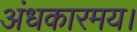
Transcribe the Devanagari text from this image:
अंधकारमय।